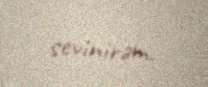
sevinirəm.